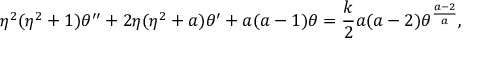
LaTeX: \eta ^ { 2 } ( \eta ^ { 2 } + 1 ) \theta ^ { \prime \prime } + 2 \eta ( \eta ^ { 2 } + a ) \theta ^ { \prime } + a ( a - 1 ) \theta = { \frac { k } { 2 } } a ( a - 2 ) \theta ^ { \frac { a - 2 } { a } } ,